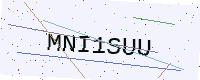
Text: MNI1SUU